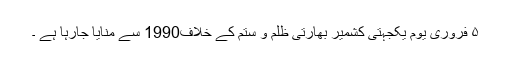
۵ فروری یوم یکجہتی کشمیر بھارتی ظلم و ستم کے خلاف1990 سے منایا جارہا ہے ۔